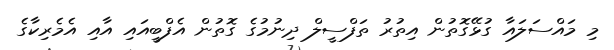
މި މައްސަލައާ ގުޅޭގޮތުން އިތުރު ތަފްސީލް ދިނުމުގެ ގޮތުން އެފްބީއައި އާއި އެމެރިކާގެ